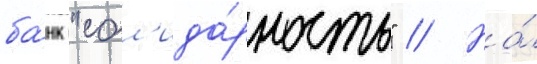
ба́нк "сол'ида́рность" // На́